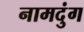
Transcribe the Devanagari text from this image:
नामदुंग